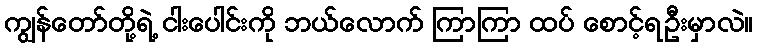
ကျွန်တော်တို့ရဲ့ ငါးပေါင်းကို ဘယ်လောက် ကြာကြာ ထပ် စောင့်ရဦးမှာလဲ။